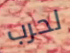
لحرب